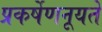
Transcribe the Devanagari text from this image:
प्रकर्षेणनूयते